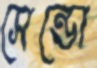
সেন্ডো